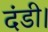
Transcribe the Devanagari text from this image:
दंडी।